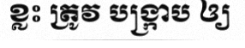
ខ្លះ ត្រូវ បង្ក្រាប ឲ្យ